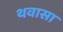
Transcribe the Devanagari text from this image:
थवासा